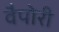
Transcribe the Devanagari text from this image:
वैपोरी